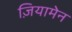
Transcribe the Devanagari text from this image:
ज़ियामेन